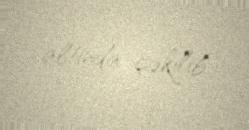
altında çəkilib.